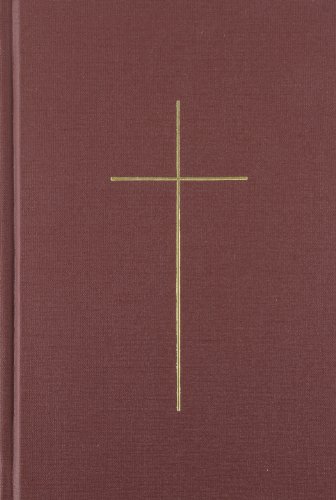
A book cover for The 1928 Book of Common Prayer; Oxford University Press; Christian Books & Bibles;